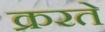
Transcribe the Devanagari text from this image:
क्ररते